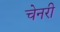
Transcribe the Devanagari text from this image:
चेनरी